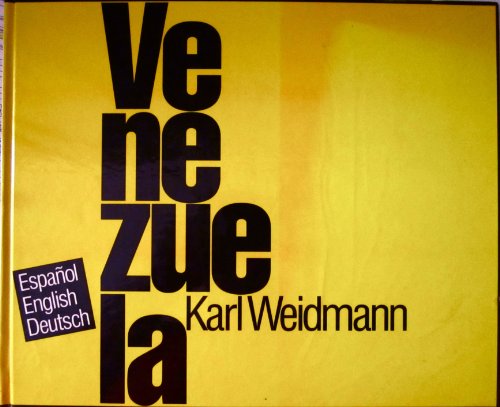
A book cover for Venezuela (English, Spanish and German Edition); Carsten Todtmann; Travel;